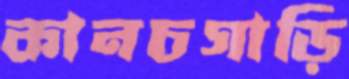
কানচগাড়ি